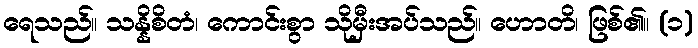
ရေသည်။ သန္နိစိတံ၊ ကောင်းစွာ သိုမှီးအပ်သည်။ ဟောတိ၊ ဖြစ်၏။ (၁)